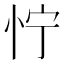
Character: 㤖